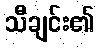
သီချင်း၏